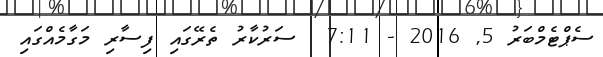
ސެޕްޓެމްބަރު 5